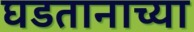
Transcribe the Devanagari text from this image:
घडतानाच्या